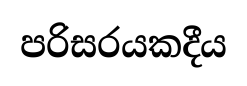
පරිසරයකදීය